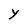
Character: Y